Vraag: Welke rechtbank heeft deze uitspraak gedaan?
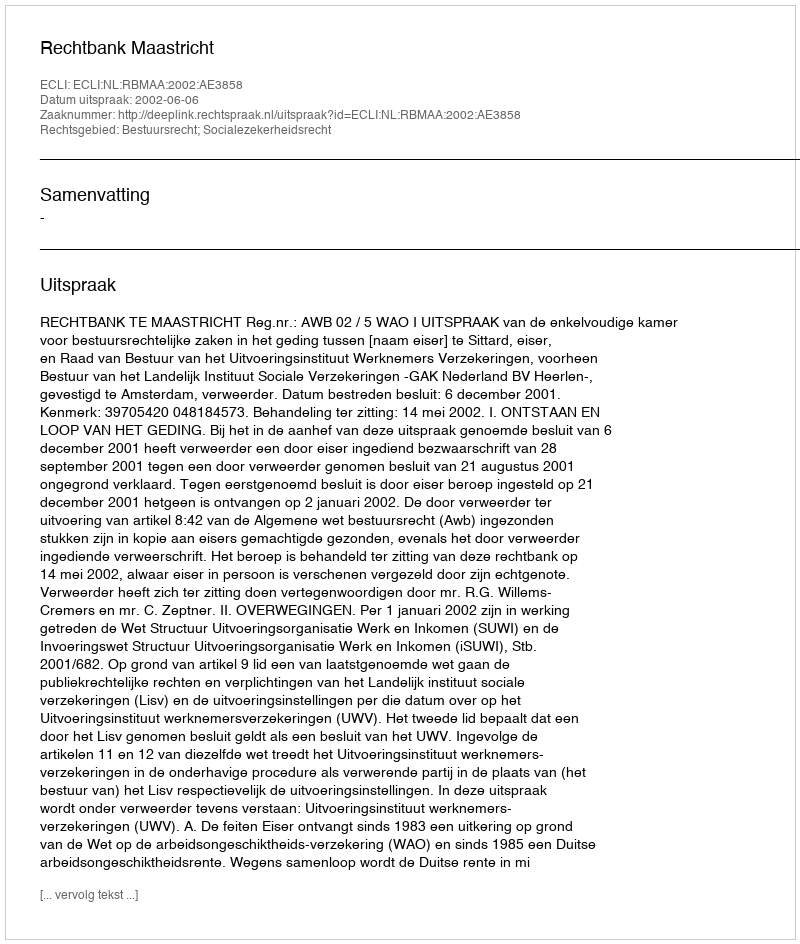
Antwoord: Rechtbank Maastricht